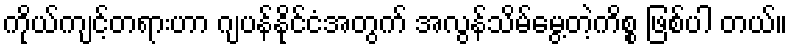
ကိုယ်ကျင့်တရားဟာ ဂျပန်နိုင်ငံအတွက် အလွန်သိမ်မွေ့တဲ့ကိစ္စ ဖြစ်ပါ တယ်။